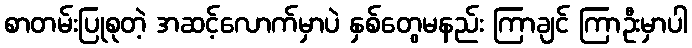
စာတမ်းပြုစုတဲ့ အဆင့်လောက်မှာပဲ နှစ်တွေမနည်း ကြာချင် ကြာဦးမှာပါ